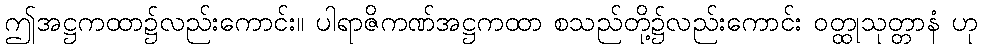
ဤအဋ္ဌကထာ၌လည်းကောင်း။ ပါရာဇိကဏ်အဋ္ဌကထာ စသည်တို့၌လည်းကောင်း ဝတ္ထုသုတ္တာနံ ဟု